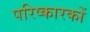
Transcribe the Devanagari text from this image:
परिष्कारकों